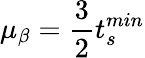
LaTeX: \mu_{\beta}=\frac{3}{2}t_{s}^{min}